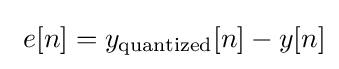
\ e[n]=y_{\text{quantized}}[n]-y[n]